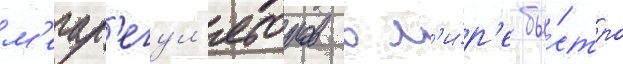
м'егар'егул'яторов в м'и́р'е бы́стро